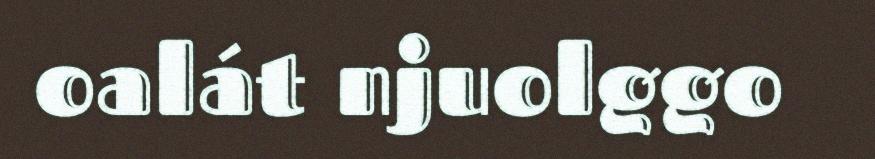
oalát njuolggo